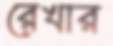
রেখার